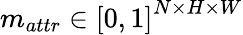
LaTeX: m_{attr}\in\left[0,1\right]^{N\times H\times W}